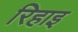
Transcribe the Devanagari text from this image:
रिहाइ